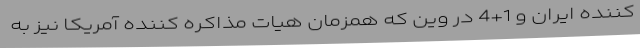
کننده ایران و 1+4 در وین که همزمان هیات مذاکره کننده آمریکا نیز به